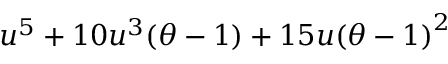
u ^ { 5 } + 1 0 u ^ { 3 } ( \theta - 1 ) + 1 5 u { ( \theta - 1 ) } ^ { 2 }